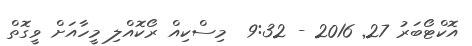
އޮކްޓޯބަރު 27